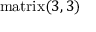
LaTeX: \mathrm { m a t r i x } ( 3 , 3 )